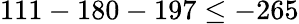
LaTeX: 111-180-197\leq-265